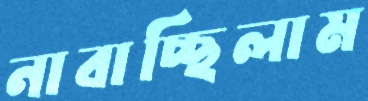
নাবাচ্ছিলাম